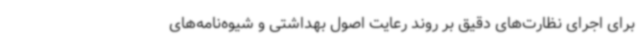
برای اجرای نظارت‌های دقیق بر روند رعایت اصول بهداشتی و شیوه‌نامه‌های